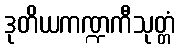
ဒုတိယကဏ္ဍကီသုတ္တံ